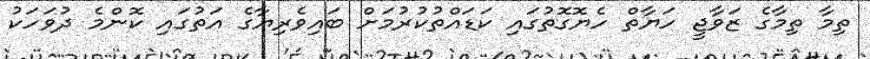
ތިމާ ތިމާގެ ޒަވާޖީ ހަޔާތް ހެޔޮގޮތުގައި ކަޑައްތުކުރުމަށް ބައިވެރިޔާގެ އަތުގައި ކޮންމެ ދުވަހަކު